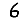
Digit: 6